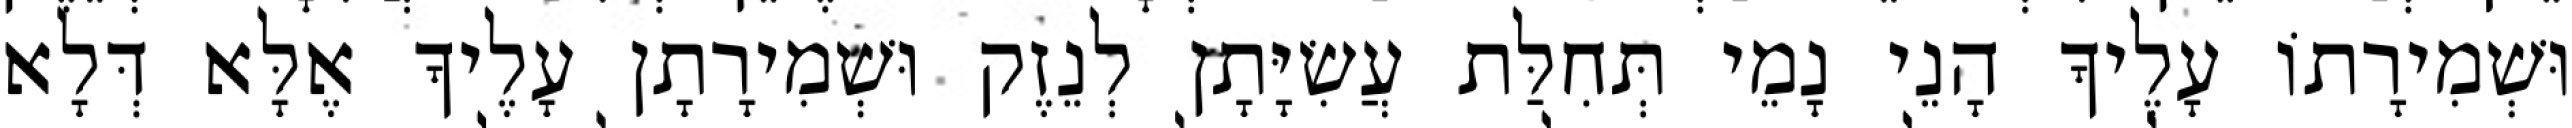
וּשְׁמִירָתוֹ עָלֶיךָ הָנֵי נָמֵי תְּחִלַּת עֲשִׂיָּתָן לְנֵזֶק וּשְׁמִירָתָן עָלֶיךָ אֶלָּא דְּלָא